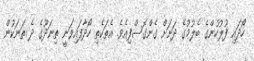
ހޯދައި ފުލުހުންގެ ބެލުމުގެ ދަށަށް ގެންގޮސްފިއެވެ. އެތަކެތި ހޯދާފައިވަނީ ތިނަދޫގެ ދެ ތަނަކުން